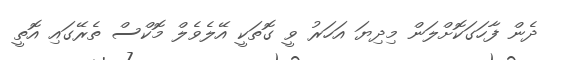
ދެން ފާހަގަކޮށްލަން މިދިޔަ އަހަރު ވީ ގޮތަކީ އޭލެވެލް މޮކްސް ތެރޭގައި އޮތީ